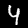
Label: 4